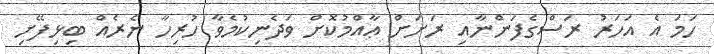
ހަމަ އެ އަހަރު ރަސްގެފަންނާއި ރަށަށް ޢާއްމުކޮށް ވަދެނިކުމެވާ ހުރިހާ ނެރެއް ބިޅިފޭށި